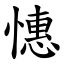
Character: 憓